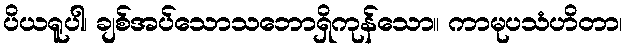
ပိယရူပါ၊ ချစ်အပ်သောသဘောရှိကုန်သော။ ကာမုပသံဟိတာ၊